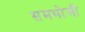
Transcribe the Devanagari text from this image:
समभोजी